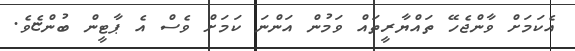
އެކަމަށް ވާންޖެހޭ ތައްޔާރީތައް ވަމުން އަންނަ ކަމަށް ވެސް އެ ޕާޓީން ބުންޏެވެ.